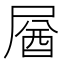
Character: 𡲚